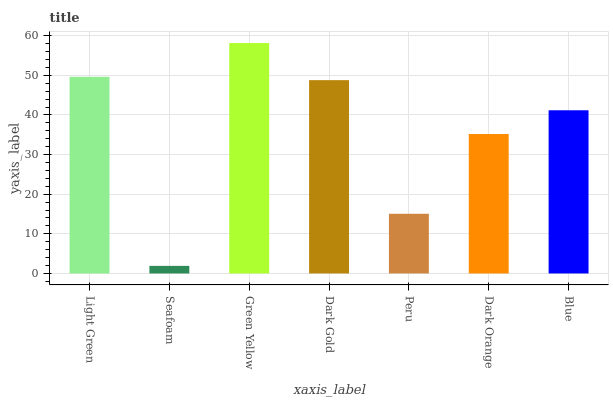
| xaxis_label | bars |
 | --- | --- |
 | Light Green | 49.6 |
 | Seafoam | 1.92 |
 | Green Yellow | 58.1 |
 | Dark Gold | 48.8 |
 | Peru | 15.1 |
 | Dark Orange | 35.2 |
 | Blue | 41.2 |